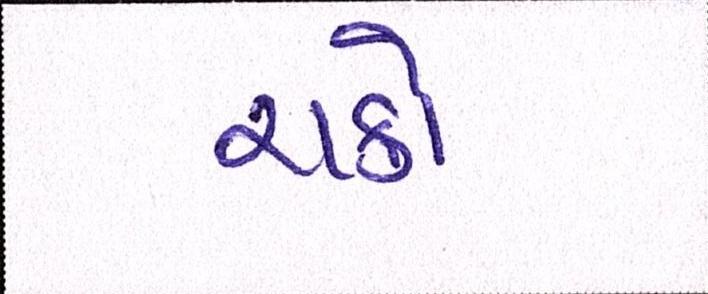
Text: ચક્રો